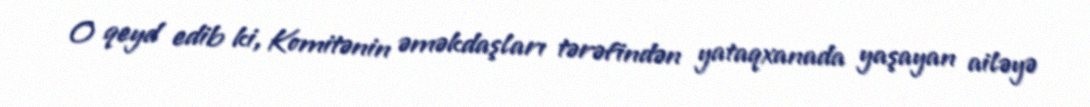
O qeyd edib ki, Komitənin əməkdaşları tərəfindən yataqxanada yaşayan ailəyə